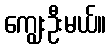
ကျွေးဦးမယ်။